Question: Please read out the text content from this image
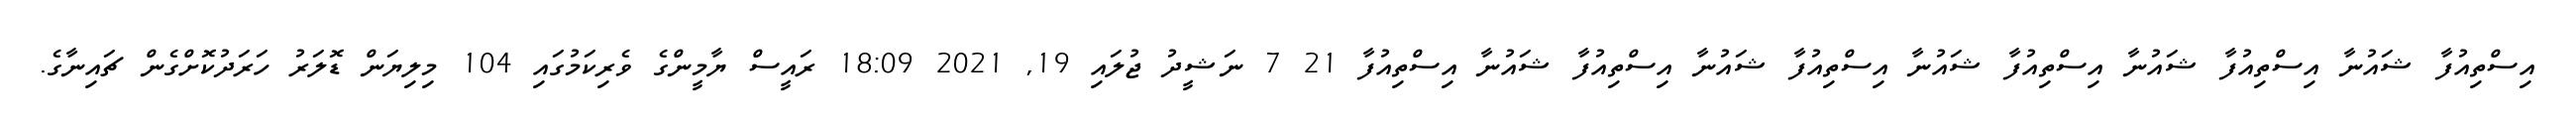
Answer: އިސްތިއުފާ ޝައުނާ އިސްތިއުފާ ޝައުނާ އިސްތިއުފާ ޝައުނާ އިސްތިއުފާ ޝައުނާ އިސްތިއުފާ ޝައުނާ އިސްތިއުފާ 21 7 ނަޝީދު ޖުލައި 19, 2021 18:09 ރައީސް ޔާމީންގެ ވެރިކަމުގައި 104 މިލިޔަން ޑޮލަރު ހަރަދުކޮށްގެން ޗައިނާގެ.